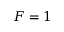
F = 1